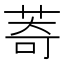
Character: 䓫